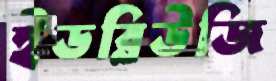
ইডব্লিউজি